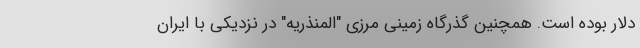
دلار بوده است. همچنین گذرگاه زمینی مرزی "المنذریه" در نزدیکی با ایران